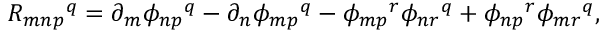
R _ { m n p } { } ^ { q } = \partial _ { m } \phi _ { n p } { } ^ { q } - \partial _ { n } \phi _ { m p } { } ^ { q } - \phi _ { m p } { } ^ { r } \phi _ { n r } { } ^ { q } + \phi _ { n p } { } ^ { r } \phi _ { m r } { } ^ { q } ,